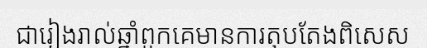
ជារៀងរាល់ឆ្នាំពួកគេមានការតុបតែងពិសេស